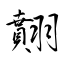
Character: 翸